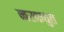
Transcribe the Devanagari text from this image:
नरकचुत